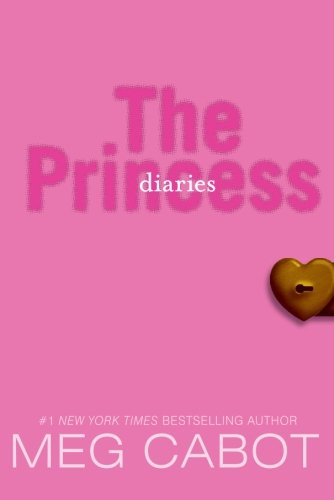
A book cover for The Princess Diaries; Meg Cabot; Teen & Young Adult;